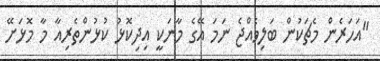
"އަހަރެން މެޗަކުން ބަލިވެއްޖެ ނަމަ އޭގެ މާނަކީ އިދިކޮޅު ކުޅުންތެރިއާ މާ މޮޅަށޭ